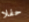
حفلا